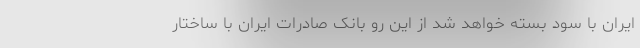
ایران با سود بسته خواهد شد از این رو بانک صادرات ایران با ساختار